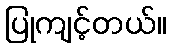
ပြုကျင့်တယ်။